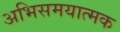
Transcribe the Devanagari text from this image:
अभिसमयात्मक